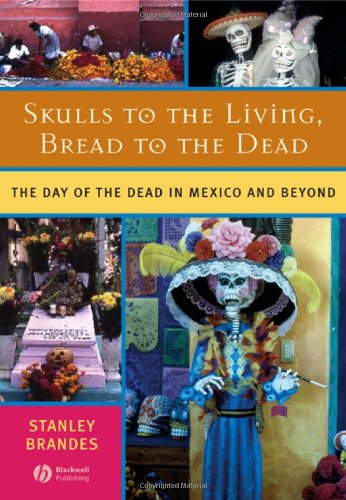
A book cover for Skulls to the Living, Bread to the Dead: The Day of the Dead in Mexico and Beyond; Stanley Brandes; Politics & Social Sciences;